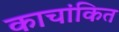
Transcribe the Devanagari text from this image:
काचांकित